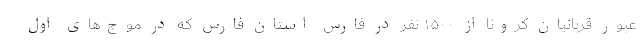
عبور قربانیان کرونا از ۱۵۰۰ نفر در فارس استان فارس که در موج‌های اول